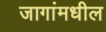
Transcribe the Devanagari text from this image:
जागांमधील